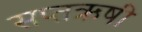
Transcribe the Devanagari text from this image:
सप्तऋषी